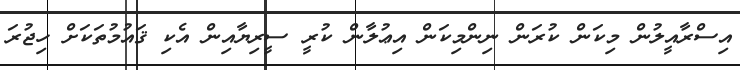
އިސްރާއީލުން މިކަން ކުރަން ނިންމިކަން އިޢުލާން ކުރީ ސީރިޔާއިން އެކި ޤައުމުތަކަށް ހިޖުރަ